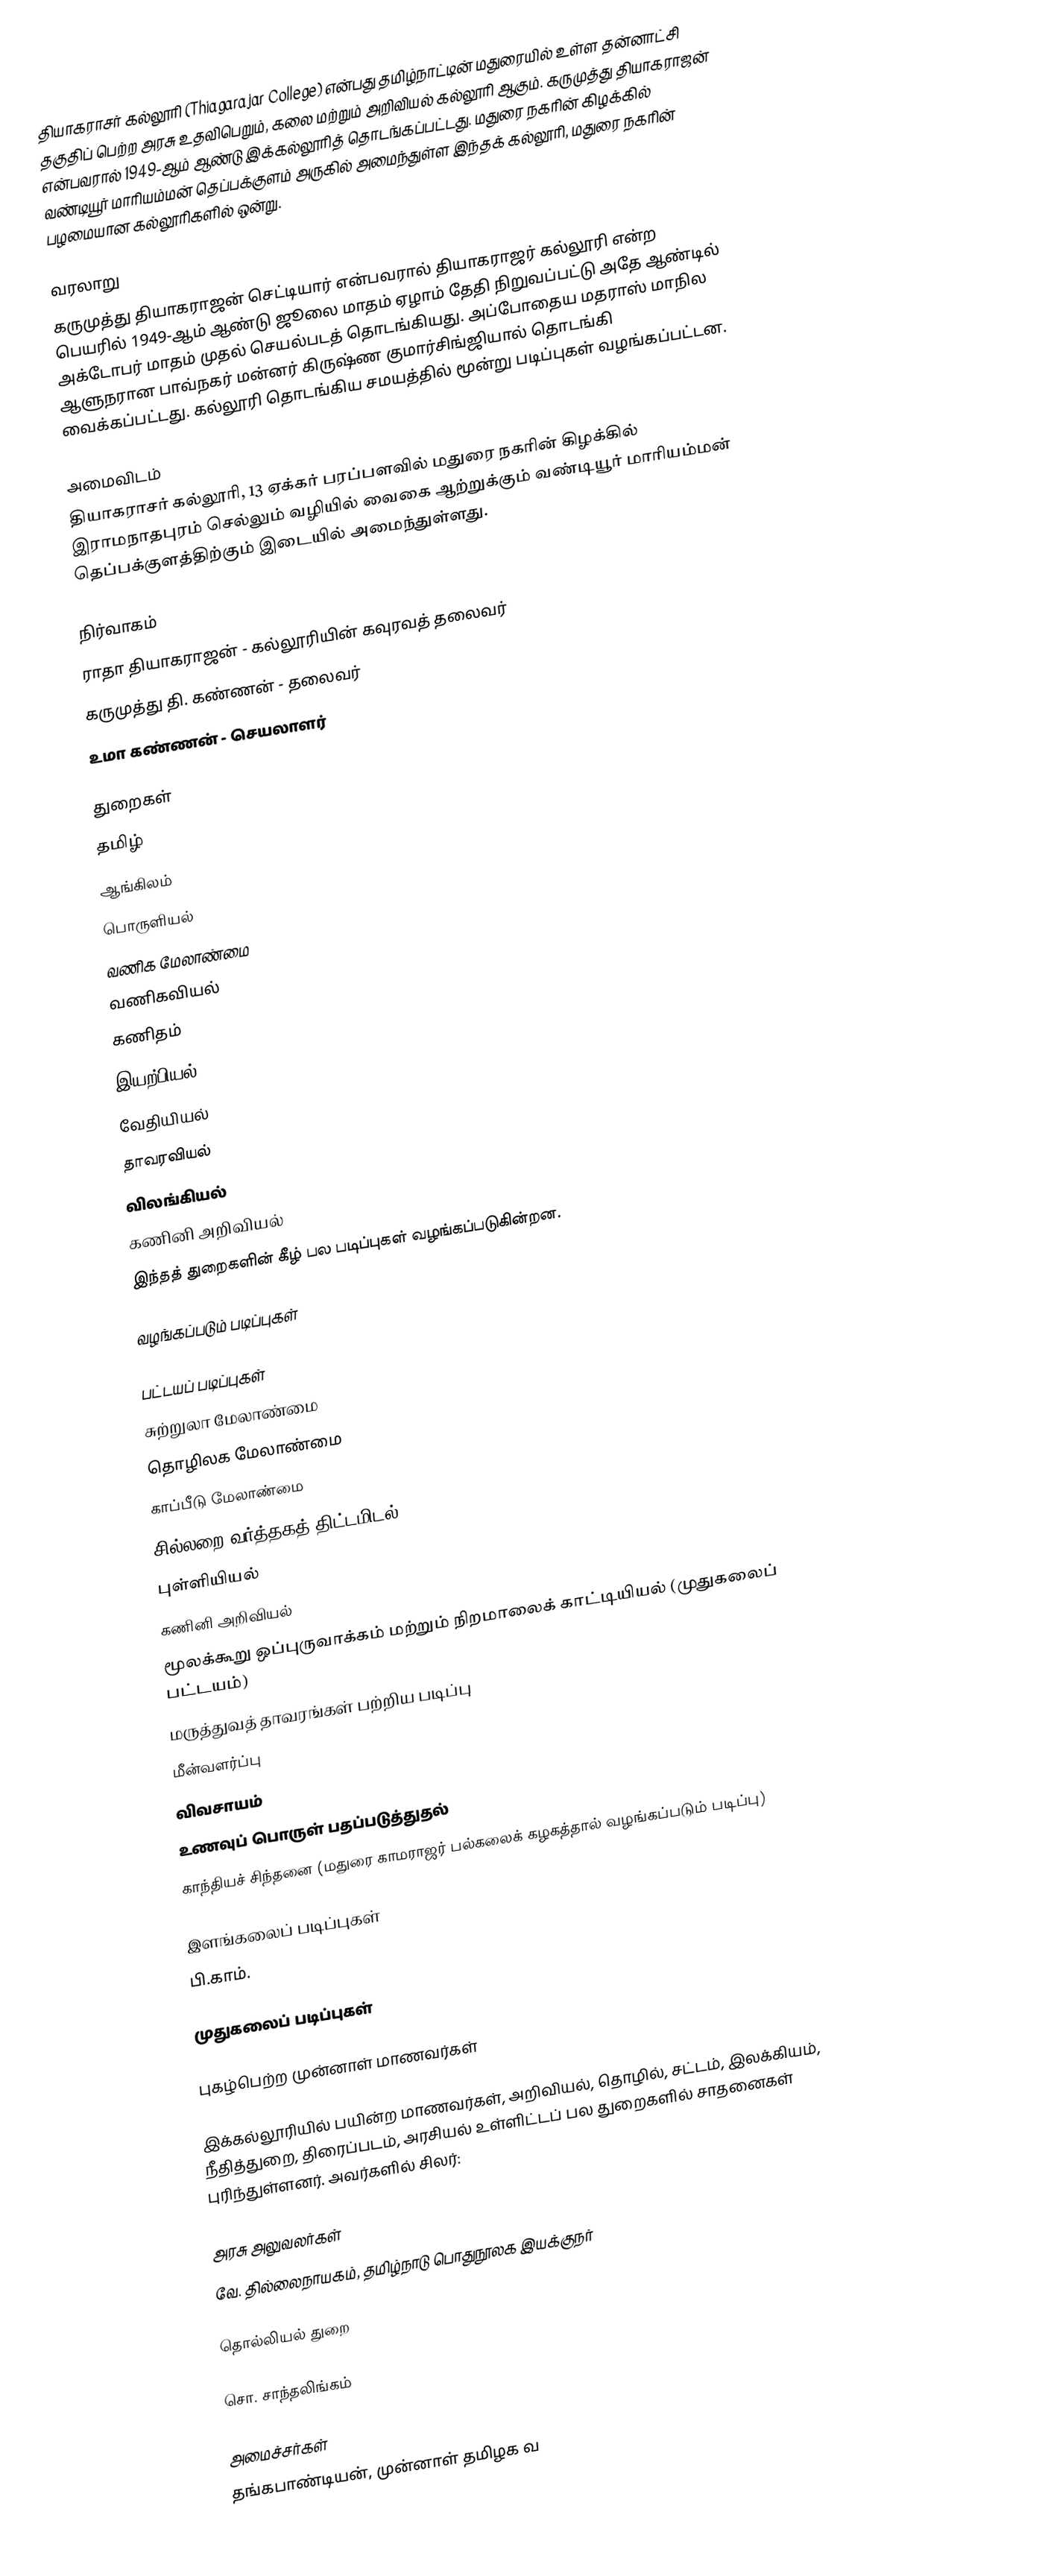
தியாகராசர் கல்லூரி (Thiagarajar College) என்பது தமிழ்நாட்டின் மதுரையில் உள்ள தன்னாட்சி தகுதிப் பெற்ற அரசு உதவிபெறும், கலை மற்றும் அறிவியல் கல்லூரி ஆகும்.  கருமுத்து தியாகராஜன் என்பவரால் 1949-ஆம் ஆண்டு இக்கல்லூரித் தொடங்கப்பட்டது. மதுரை நகரின் கிழக்கில் வண்டியூர் மாரியம்மன் தெப்பக்குளம் அருகில் அமைந்துள்ள இந்தக் கல்லூரி, மதுரை நகரின் பழமையான கல்லூரிகளில் ஒன்று.

வரலாறு
கருமுத்து தியாகராஜன் செட்டியார் என்பவரால் தியாகராஜர் கல்லூரி என்ற பெயரில் 1949-ஆம் ஆண்டு ஜூலை மாதம் ஏழாம் தேதி நிறுவப்பட்டு அதே ஆண்டில் அக்டோபர் மாதம் முதல் செயல்படத் தொடங்கியது. அப்போதைய மதராஸ் மாநில ஆளுநரான பாவ்நகர் மன்னர் கிருஷ்ண குமார்சிங்ஜியால் தொடங்கி வைக்கப்பட்டது. கல்லூரி தொடங்கிய சமயத்தில் மூன்று படிப்புகள் வழங்கப்பட்டன.

அமைவிடம்
தியாகராசர் கல்லூரி, 13 ஏக்கர் பரப்பளவில் மதுரை நகரின் கிழக்கில் இராமநாதபுரம் செல்லும் வழியில் வைகை ஆற்றுக்கும் வண்டியூர் மாரியம்மன் தெப்பக்குளத்திற்கும் இடையில் அமைந்துள்ளது.

நிர்வாகம்
 ராதா தியாகராஜன் - கல்லூரியின் கவுரவத் தலைவர்
 கருமுத்து தி. கண்ணன் - தலைவர்
 உமா கண்ணன் - செயலாளர்

துறைகள்
 தமிழ்
 ஆங்கிலம்
 பொருளியல்
 வணிக மேலாண்மை
 வணிகவியல்
 கணிதம்
 இயற்பியல்
 வேதியியல்
 தாவரவியல்
 விலங்கியல்
 கணினி அறிவியல்
இந்தத் துறைகளின் கீழ் பல படிப்புகள் வழங்கப்படுகின்றன.

வழங்கப்படும் படிப்புகள்

பட்டயப் படிப்புகள்
 சுற்றுலா மேலாண்மை
 தொழிலக மேலாண்மை
 காப்பீடு மேலாண்மை
 சில்லறை வர்த்தகத் திட்டமிடல்
 புள்ளியியல்
 கணினி அறிவியல்
 மூலக்கூறு ஒப்புருவாக்கம் மற்றும் நிறமாலைக் காட்டியியல் (முதுகலைப் பட்டயம்)
 மருத்துவத் தாவரங்கள் பற்றிய படிப்பு
 மீன்வளர்ப்பு
 விவசாயம்
 உணவுப் பொருள் பதப்படுத்துதல்
 காந்தியச் சிந்தனை (மதுரை காமராஜர் பல்கலைக் கழகத்தால் வழங்கப்படும் படிப்பு)

இளங்கலைப் படிப்புகள்
பி.காம்.

முதுகலைப் படிப்புகள்

புகழ்பெற்ற முன்னாள் மாணவர்கள்

இக்கல்லூரியில் பயின்ற மாணவர்கள், அறிவியல், தொழில், சட்டம், இலக்கியம், நீதித்துறை, திரைப்படம், அரசியல் உள்ளிட்டப் பல துறைகளில் சாதனைகள் புரிந்துள்ளனர். அவர்களில் சிலர்:

அரசு அலுவலர்கள்
வே. தில்லைநாயகம், தமிழ்நாடு பொதுநூலக இயக்குநர்

தொல்லியல் துறை

 சொ. சாந்தலிங்கம்

அமைச்சர்கள்
தங்கபாண்டியன், முன்னாள் தமிழக வ